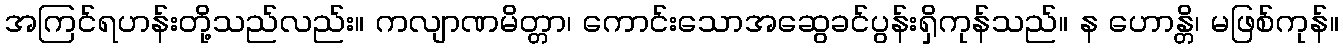
အကြင်ရဟန်းတို့သည်လည်း။ ကလျာဏမိတ္တာ၊ ကောင်းသောအဆွေခင်ပွန်းရှိကုန်သည်။ န ဟောန္တိ၊ မဖြစ်ကုန်။